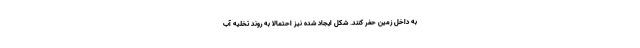
به داخل زمین حفر کنند. شکل ایجاد شده نیز احتمالاً به روند تخلیه آب